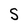
Character: S